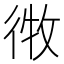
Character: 𫹘